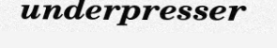
underpresser